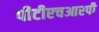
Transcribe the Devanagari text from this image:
पीटीएचआरपी